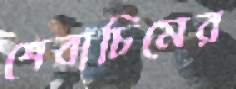
শেবাচিমের